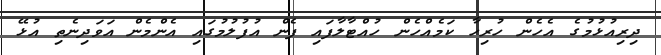
ދިރިއުޅުމުގެ އެހެން ހުރިހާ ކަމެއްހެން ހުއްޓާލާފައި ފެން އުފުލުމުގައި އެންމެން އަވަދިނެތި އުޅޭ